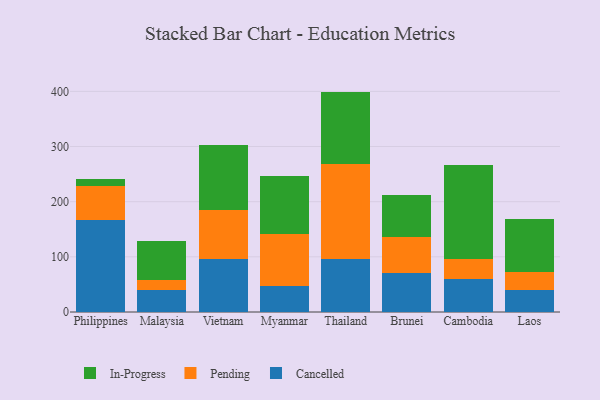
{"axis": {"x": "Country", "y": "Temperature (°C)"}, "legend": ["Cancelled", "In-Progress", "Pending"], "data": [{"x": "Philippines", "y": 167.3, "type": "Cancelled"}, {"x": "Philippines", "y": 61.8, "type": "Pending"}, {"x": "Philippines", "y": 12.2, "type": "In-Progress"}, {"x": "Malaysia", "y": 39.9, "type": "Cancelled"}, {"x": "Malaysia", "y": 17.8, "type": "Pending"}, {"x": "Malaysia", "y": 70.6, "type": "In-Progress"}, {"x": "Vietnam", "y": 96.6, "type": "Cancelled"}, {"x": "Vietnam", "y": 88.1, "type": "Pending"}, {"x": "Vietnam", "y": 118.1, "type": "In-Progress"}, {"x": "Myanmar", "y": 47.1, "type": "Cancelled"}, {"x": "Myanmar", "y": 95.2, "type": "Pending"}, {"x": "Myanmar", "y": 104.2, "type": "In-Progress"}, {"x": "Thailand", "y": 95.5, "type": "Cancelled"}, {"x": "Thailand", "y": 172.5, "type": "Pending"}, {"x": "Thailand", "y": 131.6, "type": "In-Progress"}, {"x": "Brunei", "y": 70.1, "type": "Cancelled"}, {"x": "Brunei", "y": 66.7, "type": "Pending"}, {"x": "Brunei", "y": 75.1, "type": "In-Progress"}, {"x": "Cambodia", "y": 59.7, "type": "Cancelled"}, {"x": "Cambodia", "y": 35.5, "type": "Pending"}, {"x": "Cambodia", "y": 171.7, "type": "In-Progress"}, {"x": "Laos", "y": 40.1, "type": "Cancelled"}, {"x": "Laos", "y": 33.1, "type": "Pending"}, {"x": "Laos", "y": 94.7, "type": "In-Progress"}]}